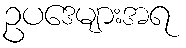
ဥပဒေများအရ